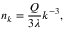
n _ { k } = \frac { Q } { 3 \lambda } k ^ { - 3 } ,